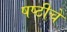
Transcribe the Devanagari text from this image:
षष्ठीचे